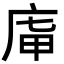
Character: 𢈤